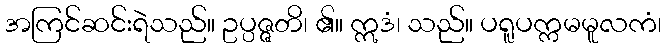
အကြင်ဆင်းရဲသည်။ ဥပ္ပဇ္ဇတိ၊ ၏။ ဣဒံ၊ သည်။ ပရူပက္ကမမူလကံ၊